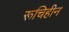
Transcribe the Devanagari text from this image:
रूचिहीन